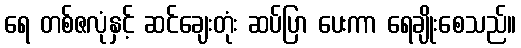
ရေ တစ်ဇလုံနှင့် ဆင်ချေးတုံး ဆပ်ပြာ ပေးကာ ရေချိုးစေသည်။